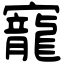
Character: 寵